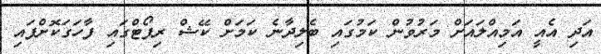
އަދި އެއީ އަމިއްލައަށް މަރުވުން ކަމުގައި ބެލިދާނެ ކަމަށް ކޭޝް ރިޕޯޓްގައި ފާހަގަކޮށްފައި